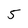
Character: 5